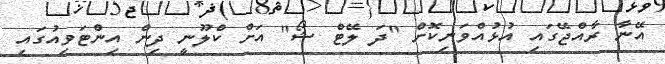
އޭނާ ރާއްޖޭގައި އުޅުއްވަނިކޮށް "ދަ ލޭޓް ޝޯ" އަށް ކްލޫނީ ދިން އިންޓަވިއުގައި